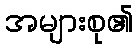
အများစု၏